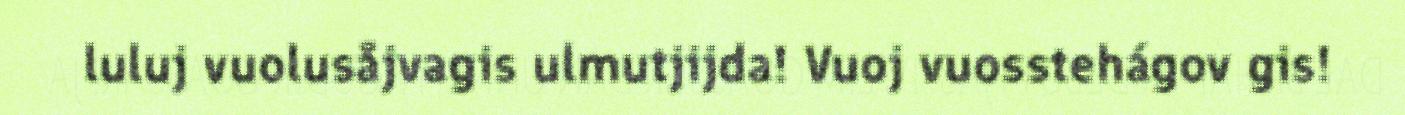
luluj vuolusåjvagis ulmutjijda! Vuoj vuosstehágov gis!